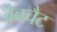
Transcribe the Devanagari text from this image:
वेबचैट